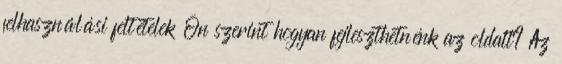
felhasználási feltételek Ön szerint hogyan fejleszthetnénk az oldalt? Az